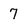
Character: 7